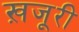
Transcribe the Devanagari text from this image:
ख़जूरी